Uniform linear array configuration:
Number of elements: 24
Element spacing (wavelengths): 1
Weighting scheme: exponential
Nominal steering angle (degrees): -15
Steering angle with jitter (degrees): -14.387
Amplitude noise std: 0.05
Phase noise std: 0.05

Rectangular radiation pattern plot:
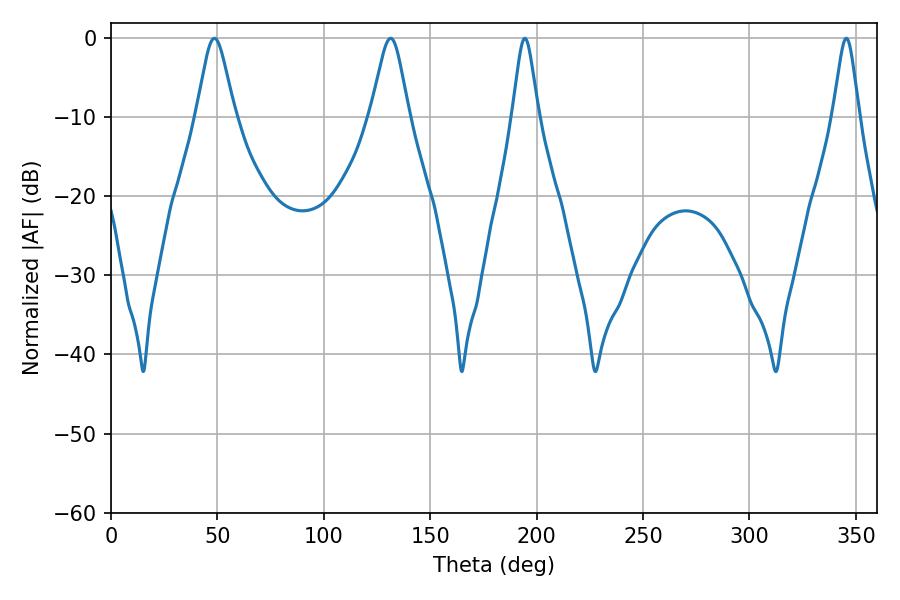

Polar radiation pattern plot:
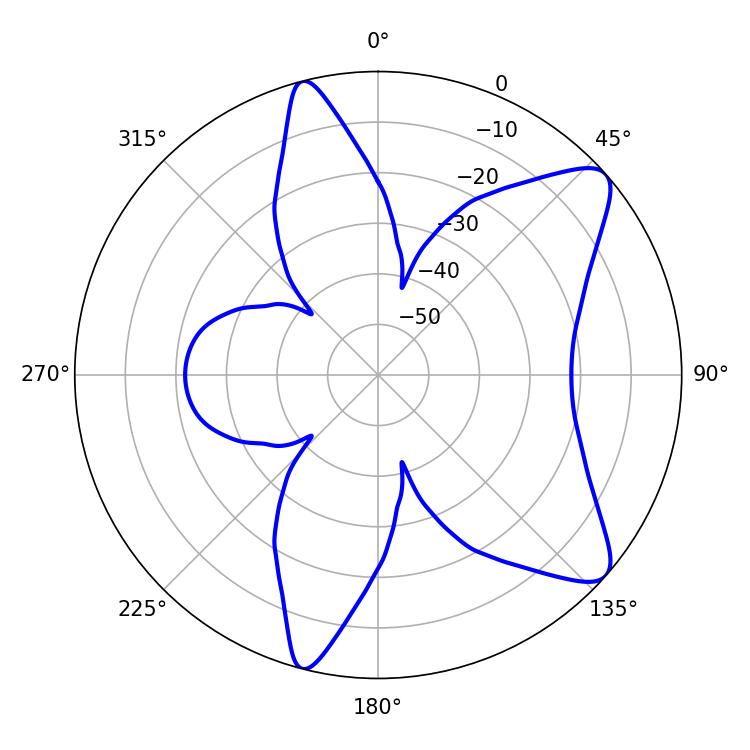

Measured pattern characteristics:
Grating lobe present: TRUE
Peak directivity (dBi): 9.565
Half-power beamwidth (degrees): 8.64
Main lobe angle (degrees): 48.6